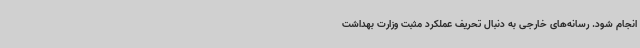
انجام شود. رسانه‌های خارجی به دنبال تحریف عملکرد مثبت وزارت بهداشت